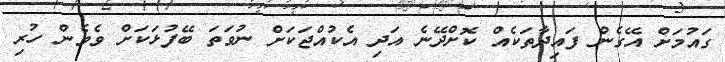
ގައުމަށް އޭގެން ފައިދާތަކެއް ކޮށްދޭނެ އަދި އެކުއްޖަކަށް ނުވަތަ ބޭފުޅަކަށް ވެވެން ހުރި